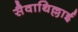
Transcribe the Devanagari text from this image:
सैवाथिल्लाई